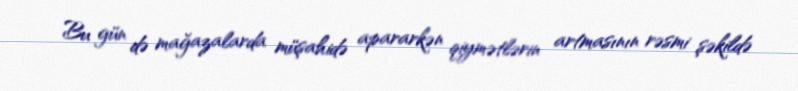
Bu gün də mağazalarda müşahidə apararkən qiymətlərin artmasının rəsmi şəkildə